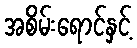
အစိမ်းရောင်နှင့်